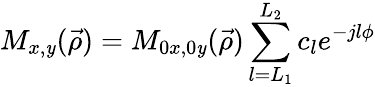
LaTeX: M_{x,\mathit{y}}(\vec{{\rho}})=M_{0x,0\mathit{y}}(\vec{{\rho}})\sum_{l=L_{1}}^{L_{2}}c_{l}e^{-jl\phi}